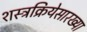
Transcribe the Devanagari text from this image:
शस्त्रक्रियेसारख्या